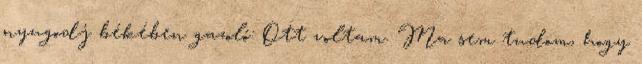
nyugodj békében gazoló: Ott voltam. Ma sem tudom, hogy